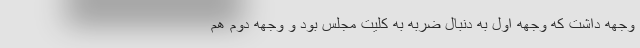
وجهه داشت که وجهه اول به دنبال ضربه به کلیت مجلس بود و وجهه دوم هم